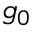
g _ { 0 }